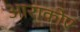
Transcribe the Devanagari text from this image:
आराकोए